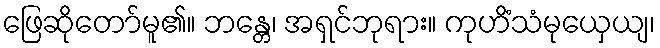
ဖြေဆိုတော်မူ၏။ ဘန္တေ၊ အရှင်ဘုရား။ ကုဟိံသံမုယှေယျ၊